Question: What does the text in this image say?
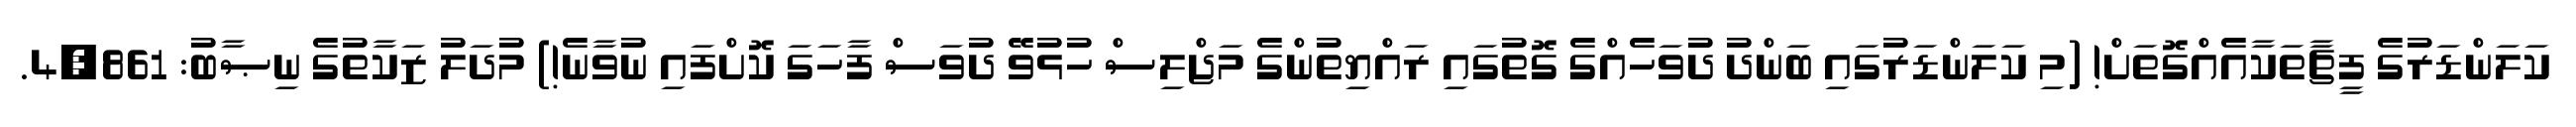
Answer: ކަލަންޑަރުގެ ފީޗާތަކާއެއްގޮތަށް! (މި ކަލަންޑަރުގައި ބަންދު ދުަވަހެއްގެ ގޮތުގައި ރައްޔިތުންގެ މަޖްލިސް ހުޅުވޭ ދުވަސް ފާހަގަ ކޮށްފައި ނުވާނެ!) މުދަލު ޒަކާތުގެ ނިޞާބު: 4,861.